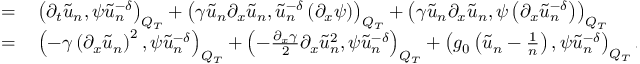
\begin{array} { r l } { = } & { { } \left( \partial _ { t } \tilde { u } _ { n } , \psi \tilde { u } _ { n } ^ { - \delta } \right) _ { Q _ { T } } + \left( \gamma \tilde { u } _ { n } \partial _ { x } \tilde { u } _ { n } , \tilde { u } _ { n } ^ { - \delta } \left( \partial _ { x } \psi \right) \right) _ { Q _ { T } } + \left( \gamma \tilde { u } _ { n } \partial _ { x } \tilde { u } _ { n } , \psi \left( \partial _ { x } \tilde { u } _ { n } ^ { - \delta } \right) \right) _ { Q _ { T } } } \\ { = } & { { } \left( - \gamma \left( \partial _ { x } \tilde { u } _ { n } \right) ^ { 2 } , \psi \tilde { u } _ { n } ^ { - \delta } \right) _ { Q _ { T } } + \left( - \frac { \partial _ { x } \gamma } { 2 } \partial _ { x } \tilde { u } _ { n } ^ { 2 } , \psi \tilde { u } _ { n } ^ { - \delta } \right) _ { Q _ { T } } + \left( g _ { 0 } \left( \tilde { u } _ { n } - \frac { 1 } { n } \right) , \psi \tilde { u } _ { n } ^ { - \delta } \right) _ { Q _ { T } } . } \end{array}